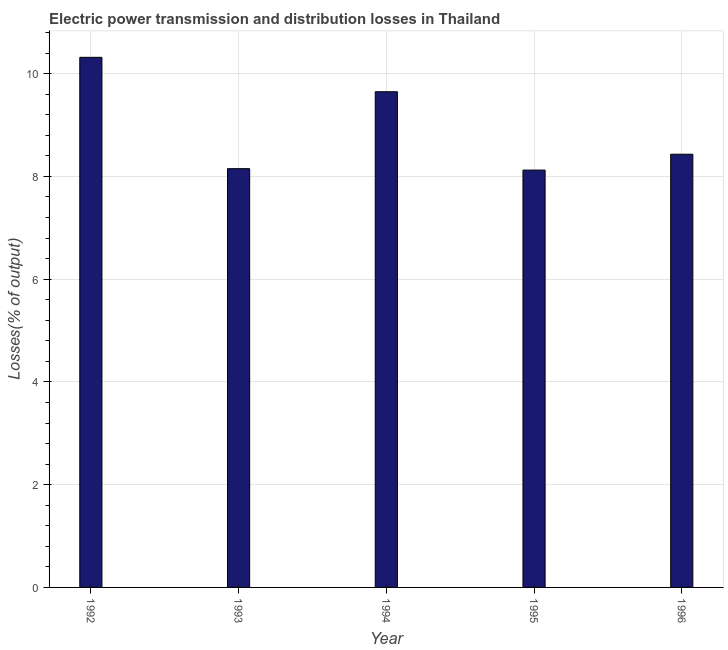
| Year | Electric power transmission and distribution losses |
 | --- | --- |
 | 1992 | 10.3 |
 | 1993 | 8.15 |
 | 1994 | 9.65 |
 | 1995 | 8.12 |
 | 1996 | 8.43 |